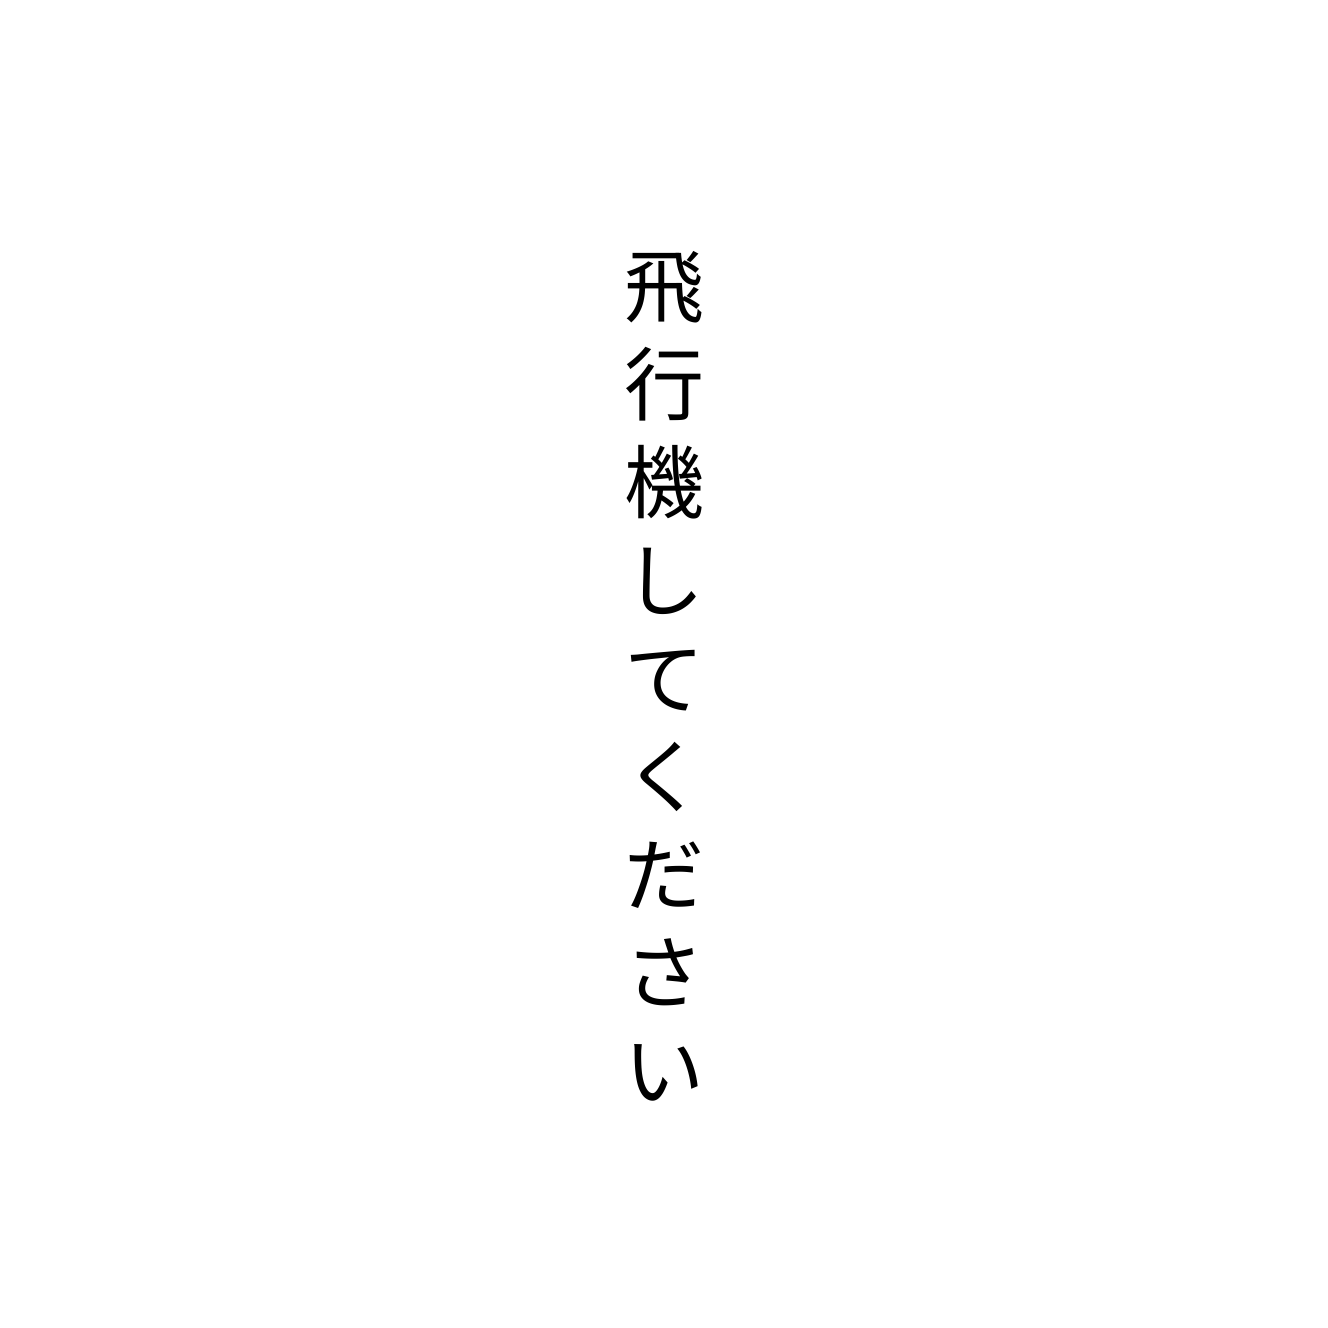
飛行機してください